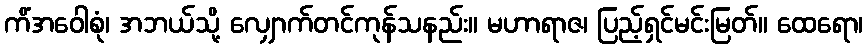
ကိံအဝေါစုံ၊ အဘယ်သို့ လျှောက်တင်ကုန်သနည်း။ မဟာရာဇ၊ ပြည့်ရှင်မင်းမြတ်။ ထေရော၊